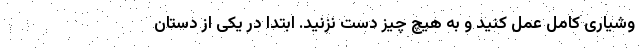
وشیاری کامل عمل کنید و به هیچ چیز دست نزنید. ابتدا در یکی از دستان